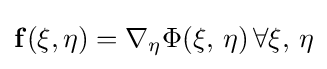
{\bf {f}}({\bf {\xi }},{\bf {\eta }})=\nabla _{\bf {\eta }}\Phi ({\bf {\xi }},\,{\bf {\eta }})\,\forall {\bf {\xi }},\,{\bf {\eta }}